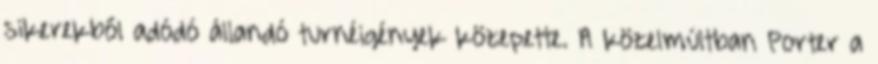
sikerekből adódó állandó turnéigények közepette. A közelmúltban Porter a